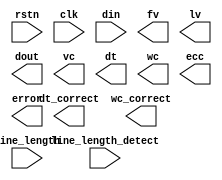
module control_capture_lane4 #(
		parameter bus_width = 10,
		parameter lane_width = 4,
		parameter format = "RAW10"		
)
(
     input                               rstn    ,
     input                               clk     ,
     input  [8*lane_width-1:0]           din     ,   
     //output reg                      sot     ,
     //output [8*lane_width-1:0]       dout    ,  //dout is din but
     output                              fv      , 
     output                              lv      ,
     output [8*lane_width-1:0]           dout    , 
     output reg [1:0]                    vc      , //virtual channel identifier (2-bit)
     output reg [5:0]                    dt      , //data type (6-bit)
     output reg [15:0]                   wc      , //word count
     output reg [7:0]                    ecc     ,  //Error correction code
	 output reg                          error   ,
	 output dt_correct,
	 output wc_correct,
	 input                               line_length_detect,
	 input  [15:0]                       line_length
);

endmodule